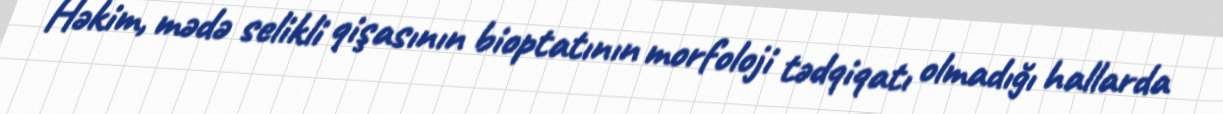
Həkim, mədə selikli qişasının bioptatının morfoloji tədqiqatı olmadığı hallarda